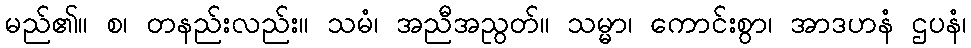
မည်၏။ စ၊ တနည်းလည်း။ သမံ၊ အညီအညွတ်။ သမ္မာ၊ ကောင်းစွာ၊ အာဒဟနံ ဌပနံ၊